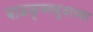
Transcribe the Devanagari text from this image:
बाळकृष्णबुवाच्या